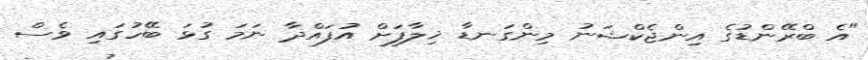
"އެ ބްރޭންޑުގެ އިންޖެކްޝަނު މިންގަނޑާ ޚިލާފަށް އުފައްދާ ނަމަ ގުޅަ ބޭހުގައި ވެސް